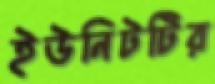
ইউনিটটির